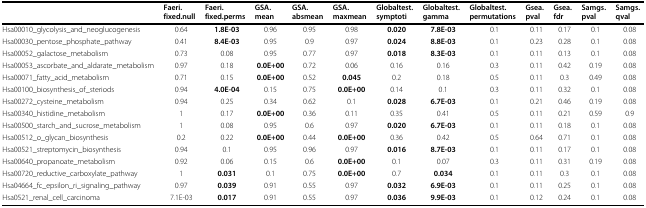
<table><thead><tr><td></td><td><b>Faeri.fixed.null</b></td><td><b>Faeri.fixed.perms</b></td><td><b>GSA.mean</b></td><td><b>GSA.absmean</b></td><td><b>GSA.maxmean</b></td><td><b>Globaltest.symptoti</b></td><td><b>Globaltest.gamma</b></td><td><b>Globaltest.permutations</b></td><td><b>Gsea.pval</b></td><td><b>Gsea.fdr</b></td><td><b>Samgs.pval</b></td><td><b>Samgs.qval</b></td></tr></thead><tbody><tr><td>Hsa00010_glycolysis_and_neoglucogenesis</td><td>0.64</td><td><b>1.8E-03</b></td><td>0.96</td><td>0.95</td><td>0.98</td><td><b>0.020</b></td><td><b>7.8E-03</b></td><td>0.1</td><td>0.11</td><td>0.17</td><td>0.1</td><td>0.08</td></tr><tr><td>Hsa00030_pentose_phosphate_pathway</td><td>0.41</td><td><b>8.4E-03</b></td><td>0.95</td><td>0.9</td><td>0.97</td><td><b>0.024</b></td><td><b>8.8E-03</b></td><td>0.1</td><td>0.23</td><td>0.28</td><td>0.1</td><td>0.08</td></tr><tr><td>Hsa00052_galactose_metabolism</td><td>0.73</td><td>0.08</td><td>0.95</td><td>0.77</td><td>0.97</td><td><b>0.018</b></td><td><b>8.3E-03</b></td><td>0.1</td><td>0.11</td><td>0.13</td><td>0.1</td><td>0.08</td></tr><tr><td>Hsa00053_ascorbate_and_aldarate_metabolism</td><td>0.97</td><td>0.18</td><td><b>0.0E+00</b></td><td>0.72</td><td>0.06</td><td>0.16</td><td>0.16</td><td>0.3</td><td>0.11</td><td>0.42</td><td>0.19</td><td>0.08</td></tr><tr><td>Hsa00071_fatty_acid_metabolism</td><td>0.71</td><td>0.15</td><td><b>0.0E+00</b></td><td>0.52</td><td><b>0.045</b></td><td>0.2</td><td>0.18</td><td>0.5</td><td>0.11</td><td>0.3</td><td>0.49</td><td>0.08</td></tr><tr><td>Hsa00100_biosynthesis_of_steriods</td><td>0.94</td><td><b>4.0E-04</b></td><td>0.15</td><td>0.75</td><td><b>0.0E+00</b></td><td>0.14</td><td>0.1</td><td>0.3</td><td>0.11</td><td>0.32</td><td>0.1</td><td>0.08</td></tr><tr><td>Hsa00272_cysteine_metabolism</td><td>0.94</td><td>0.25</td><td>0.34</td><td>0.62</td><td>0.1</td><td><b>0.028</b></td><td><b>6.7E-03</b></td><td>0.1</td><td>0.21</td><td>0.46</td><td>0.19</td><td>0.08</td></tr><tr><td>Hsa00340_histidine_metabolism</td><td>1</td><td>0.17</td><td><b>0.0E+00</b></td><td>0.36</td><td>0.11</td><td>0.35</td><td>0.41</td><td>0.5</td><td>0.11</td><td>0.21</td><td>0.59</td><td>0.9</td></tr><tr><td>Hsa00500_starch_and_sucrose_metabolism</td><td>1</td><td>0.08</td><td>0.95</td><td>0.6</td><td>0.97</td><td><b>0.020</b></td><td><b>6.7E-03</b></td><td>0.1</td><td>0.11</td><td>0.18</td><td>0.1</td><td>0.08</td></tr><tr><td>Hsa00512_o_glycan_biosynthesis</td><td>0.2</td><td>0.22</td><td><b>0.0E+00</b></td><td>0.44</td><td><b>0.0E+00</b></td><td>0.36</td><td>0.42</td><td>0.5</td><td>0.64</td><td>0.71</td><td>0.1</td><td>0.08</td></tr><tr><td>Hsa00521_streptomycin_biosynthesis</td><td>0.94</td><td>0.1</td><td>0.95</td><td>0.96</td><td>0.97</td><td><b>0.016</b></td><td><b>8.7E-03</b></td><td>0.1</td><td>0.11</td><td>0.17</td><td>0.1</td><td>0.08</td></tr><tr><td>Hsa00640_propanoate_metabolism</td><td>0.92</td><td>0.06</td><td>0.15</td><td>0.6</td><td><b>0.0E+00</b></td><td>0.1</td><td>0.07</td><td>0.3</td><td>0.11</td><td>0.31</td><td>0.19</td><td>0.08</td></tr><tr><td>Hsa00720_reductive_carboxylate_pathway</td><td>1</td><td><b>0.031</b></td><td>0.1</td><td>0.75</td><td><b>0.0E+00</b></td><td>0.7</td><td><b>0.034</b></td><td>0.1</td><td>0.11</td><td>0.3</td><td>0.1</td><td>0.08</td></tr><tr><td>Hsa04664_fc_epsilon_ri_signaling_pathway</td><td>0.97</td><td><b>0.039</b></td><td>0.91</td><td>0.55</td><td>0.97</td><td><b>0.032</b></td><td><b>6.9E-03</b></td><td>0.1</td><td>0.11</td><td>0.25</td><td>0.1</td><td>0.08</td></tr><tr><td>Hsa0521_renal_cell_carcinoma</td><td>7.1E-03</td><td><b>0.017</b></td><td>0.91</td><td>0.55</td><td>0.97</td><td><b>0.036</b></td><td><b>9.9E-03</b></td><td>0.1</td><td>0.12</td><td>0.24</td><td>0.1</td><td>0.08</td></tr></tbody></table>